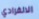
الانفرادي